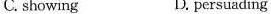
C. showing D. persuading